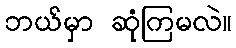
ဘယ်မှာ ဆုံကြမလဲ။